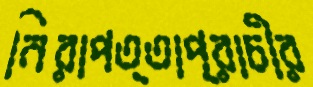
নিরাপত্তাপ্রাচীর